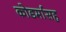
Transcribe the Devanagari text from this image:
कोडर्मासह